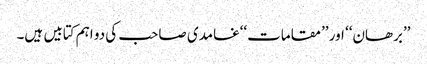
’’برھان‘‘ اور ’’مقامات‘‘غامدی صاحب کی دو اہم کتابیں ہیں۔